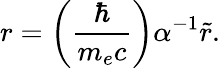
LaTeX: r=\left(\frac{\hbar}{m_{e}c}\right)\alpha^{-1}\tilde{r}.